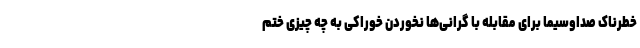
خطرناک صداوسیما برای مقابله با گرانی‌ها نخوردن خوراکی به چه چیزی ختم